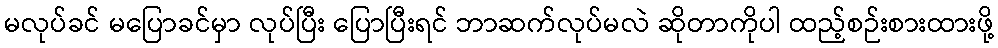
မလုပ်ခင် မပြောခင်မှာ လုပ်ပြီး ပြောပြီးရင် ဘာဆက်လုပ်မလဲ ဆိုတာကိုပါ ထည့်စဉ်းစားထားဖို့